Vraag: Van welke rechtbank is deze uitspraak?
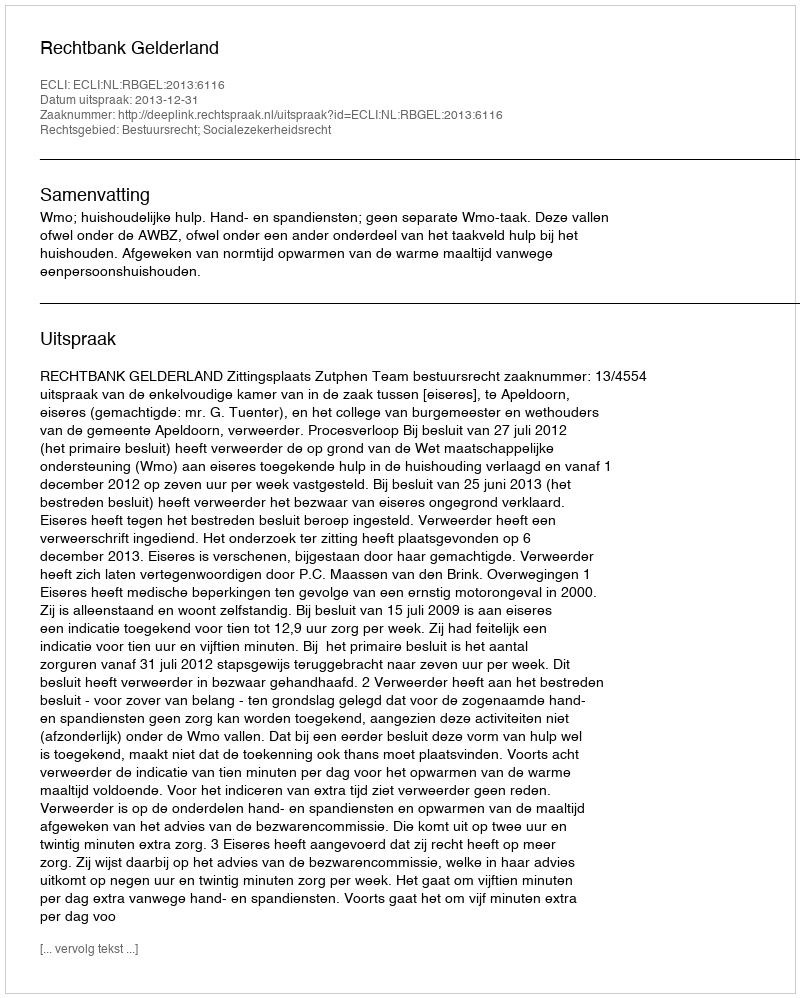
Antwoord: Rechtbank Gelderland